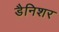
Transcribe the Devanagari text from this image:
डैनिशर